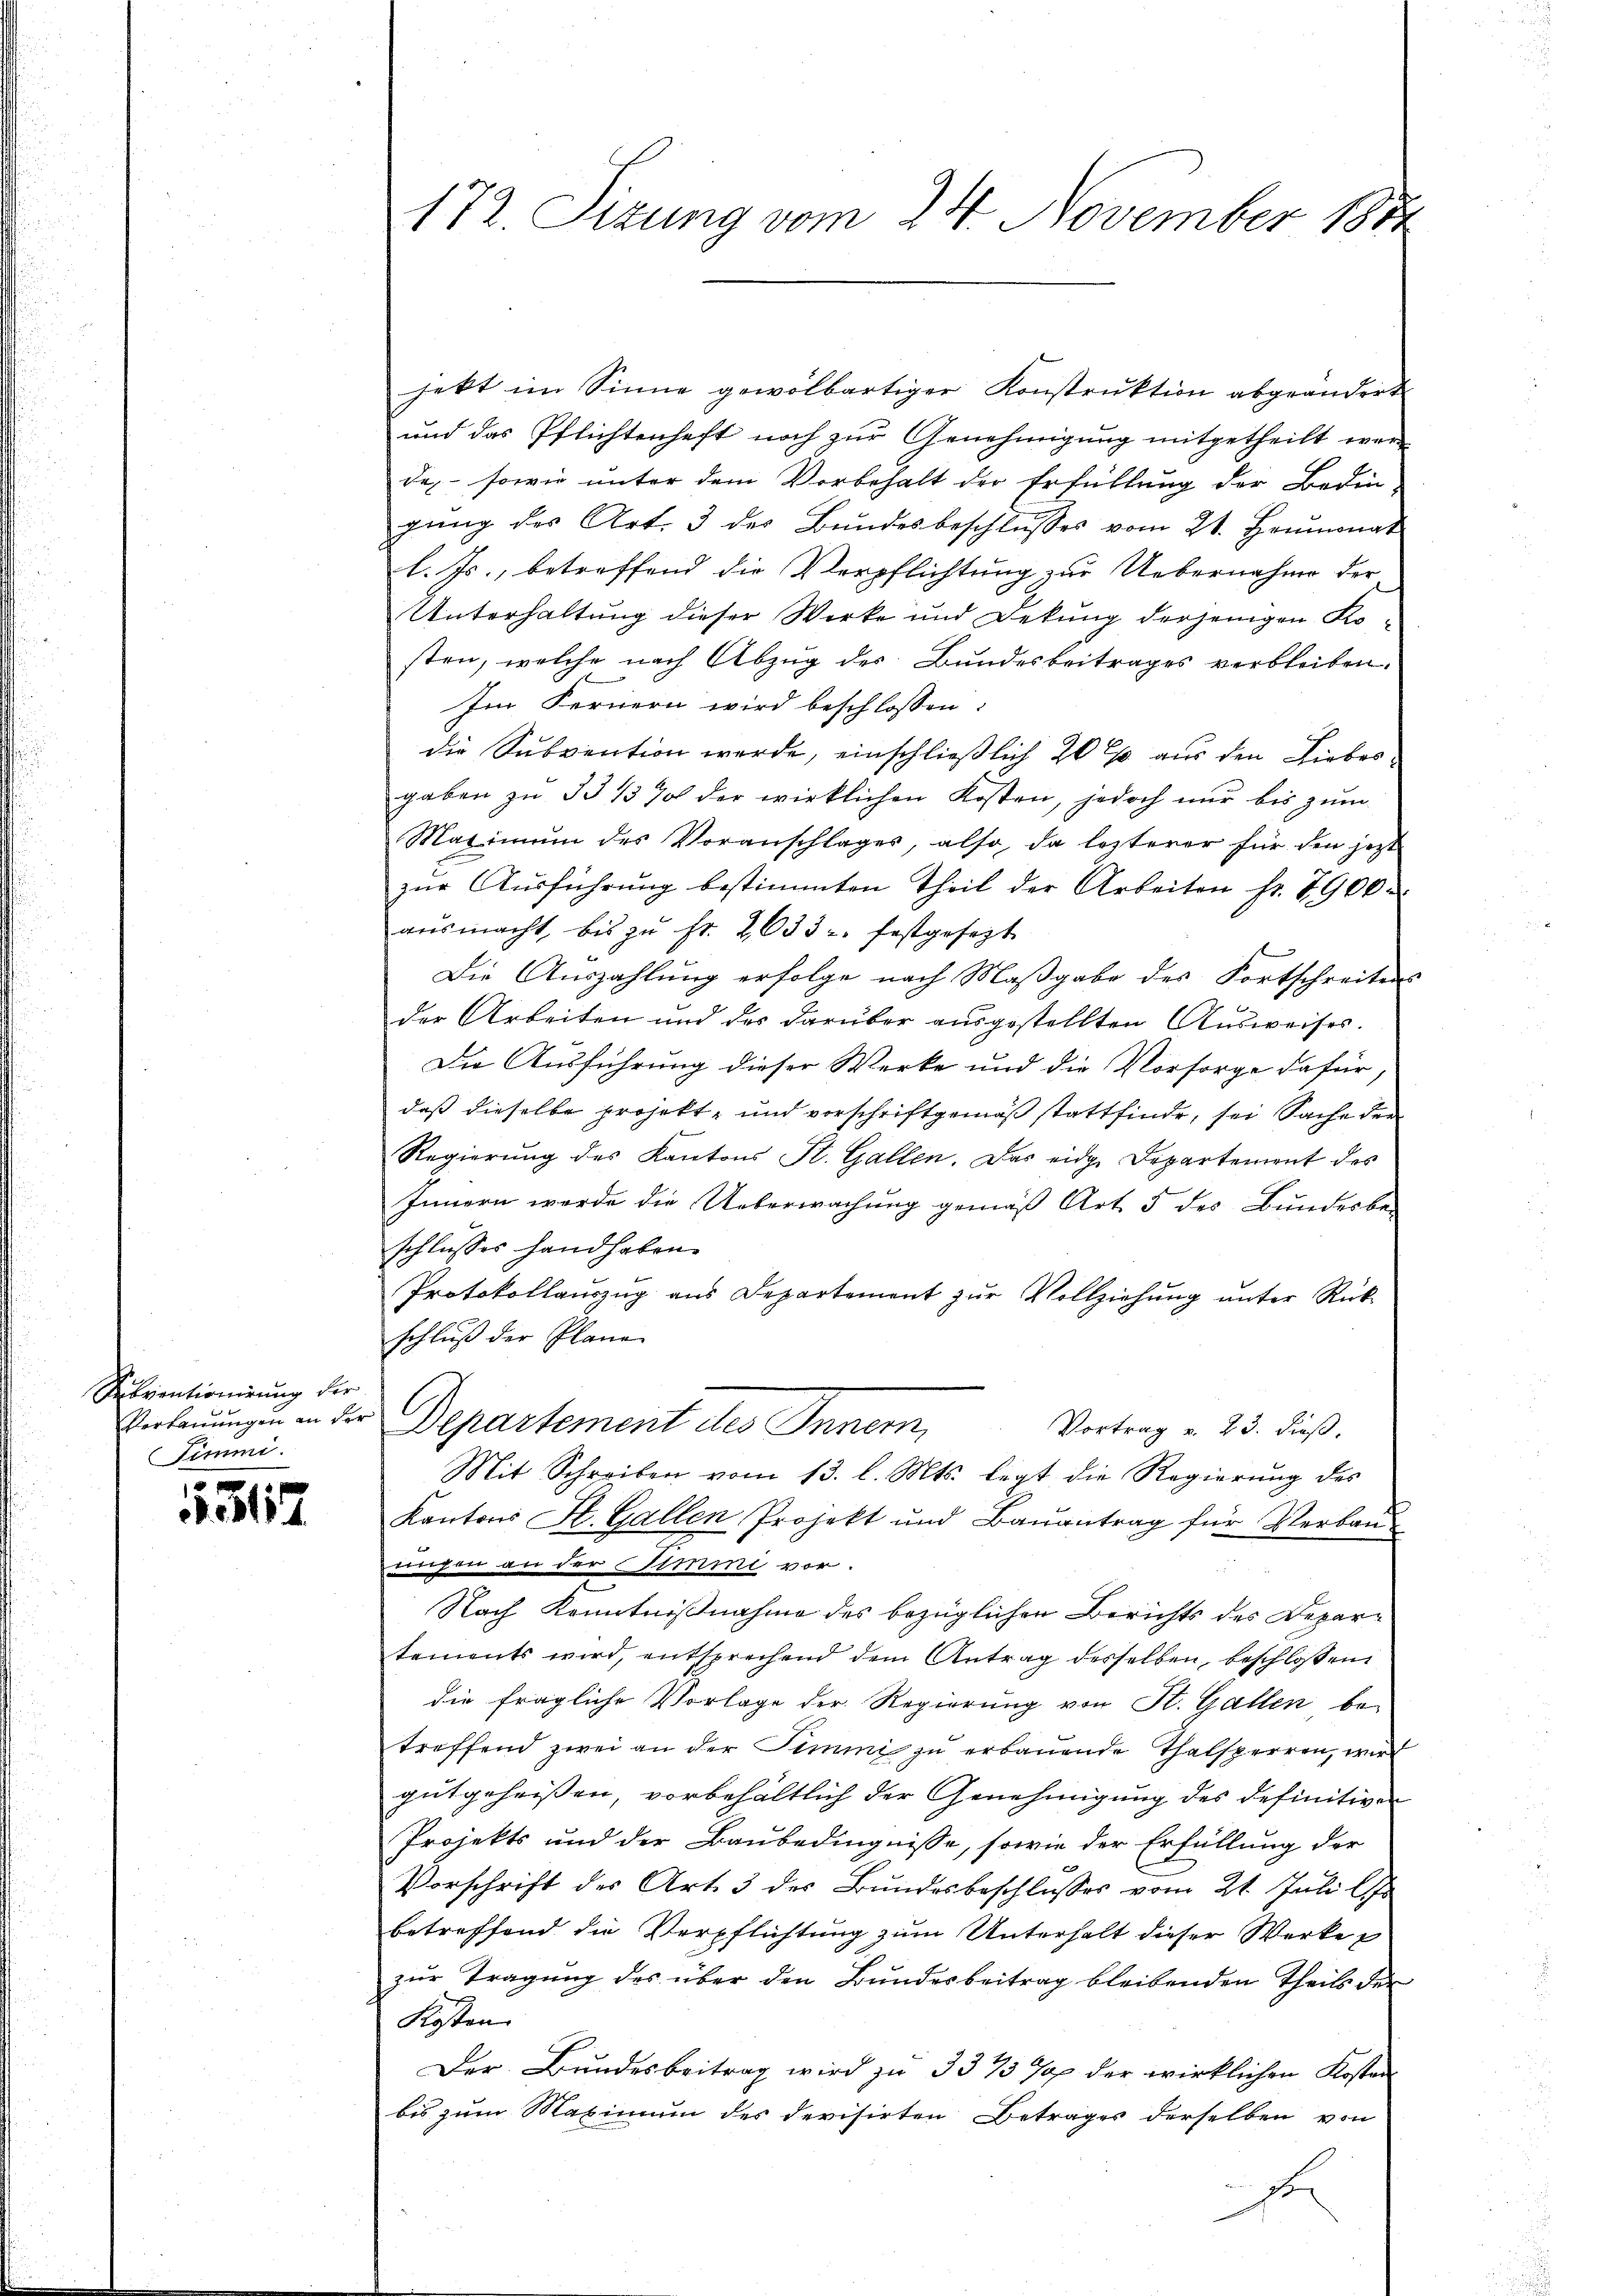
Sventionirung der
Verbauungen an der
Timmi

e
.317

172 Sizung vom 24. November 1844

jekt im Sinne gewolbartiger Konstruktion abgeändert
und das Pflichtenheft noch zur Genehmigung mitgetheilt wer
de,- sowie unter dem Vorbehalt der Erfüllung der Bedingung des Art. 3 des Bundesbeschlusses vom 21. Heumonat
l. Js., betreffend die Verpflichtung zur Uebernahme der
Unterhaltung dieser Werke und Dekung derjenigen Kosten, welche nach Abzug des Bundesbeitrages verbleiben.
Im Fernern wird beschlossen:
die Subvention werde, einschließlich 20 l. aus den Liebesgaben zu 33 1/3 % der wirklichen Kosten, jedoch nur bis zum
Maximum des Voranschlages, also, da lezterer für den jetzt
zŭr Aŭsführŭng bestimmten Theil der Arbeiten fr. 7900
ausmacht, bis zŭ Fr. 2633. festgesezt
Die Auszahlung erfolge nach Maßgabe des Fortschreitens
der Arbeiten und des darüber ausgestellten Ausweises.
Die Ausführung dieser Werke und die Vorsorge dafür,
daß dieselbe projekt, und vorschriftgemäß stattfinde, sei Sache der
Regierung des Kantons St. Gallen. Das eidge Departement des
Innern werde die Ueberwachung gemäß Art. 5 des Bundesbe-
schlusses handhaben.
Protokollaŭszŭg ans Departement zŭr Vollziehŭng ŭnter Rück-
schluß der Plane
Departement des Inner,
Vortrag v. 23. dieß.
Mit Schreiben vom 13. l. Mts. legt die Regierŭng des
Kantons St. Gallen Projekt und Baŭantrag für Verbau-
ungen an der Stimmi vor.
Nach Kenntnißnahme des bezüglichen Berichts des Departements wird, entsprechend dem Antrag desselben, beschlossen
die fragliche Vorlage der Regierung von St. Gallen betroffend zwei an der Summi zu erbauende Thalsperren, wird
gutgeheissen, vorbehältlich der Genehmigung des definitiven
Projekts und der Baubedingnisse, sowie der Erfüllung der
Vorschrift des Art. 3 des Bundesbeschlusses vom 21. Juli l.
betreffend die Verpflichtung zum Unterhalt dieser Werke
zur Tragung des über den Bundesbeitrag bleibenden Theils der
Kosten
Der Bundesbeitrag wird zu 33 33 Jap der wirklichen Kosten
bis zum Maximum des devisirten Betrages derselben von
J